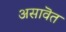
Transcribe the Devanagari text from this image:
असावॆत